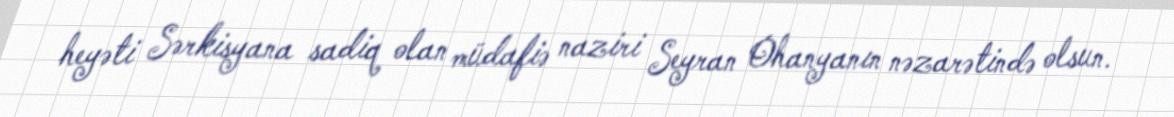
heyəti Sərkisyana sadiq olan müdafiə naziri Seyran Ohanyanın nəzarətində olsun.